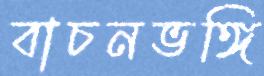
বাচনভঙ্গি